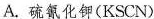
A.硫氰化钾(KSCN)